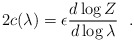
\begin{align*}2c(\lambda)=\epsilon{d\log Z\over d\log\lambda}~~.\end{align*}